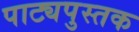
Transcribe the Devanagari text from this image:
पाट्यपुस्तक